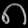
Digit: ၈